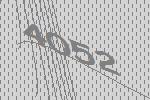
4052